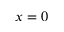
x = 0